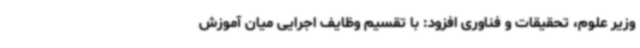
وزیر علوم، تحقیقات و فناوری افزود: با تقسیم وظایف اجرایی میان آموزش